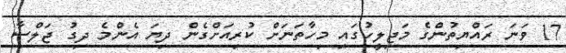
17 ވަނަ ރައްޔިތުންގެ މަޖިލީހުގައި މިހާތަނަށް ކުރިއަށްގެން ދިޔަ އެންމެ ދިގު ޖަލްސާ